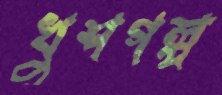
খুশগল্প